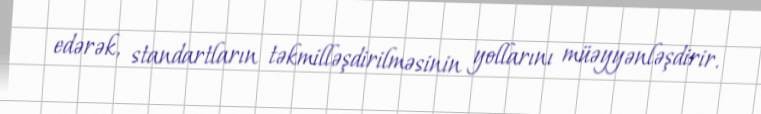
edərək, standartların təkmilləşdirilməsinin yollarını müəyyənləşdirir.